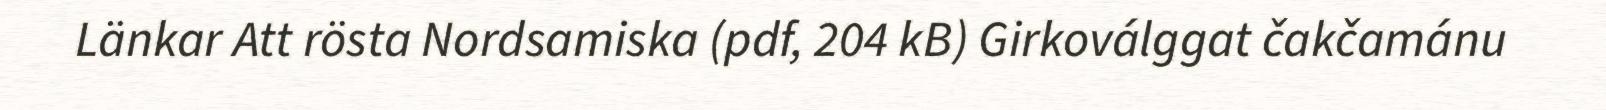
Länkar Att rösta Nordsamiska (pdf, 204 kB) Girkoválggat čakčamánu